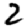
Digit: 2